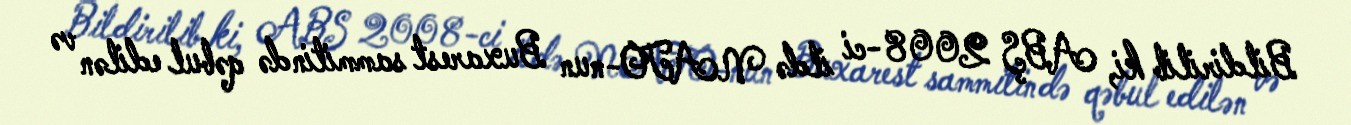
Bildirilib ki, ABŞ 2008-ci ildə NATO-nun Buxarest sammitində qəbul edilən və